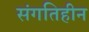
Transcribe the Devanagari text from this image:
संगतिहीन